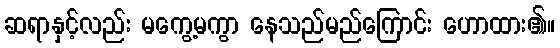
ဆရာနှင့်လည်း မကွေ့မကွာ နေသည်မည်ကြောင်း ဟောထား၏။